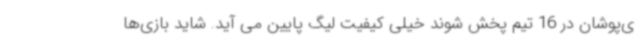
ی‌پوشان در 16 تیم پخش شوند خیلی کیفیت لیگ پایین می آید. شاید بازی‌ها